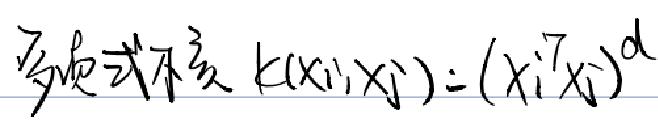
$多项式核函数 k(x_i,x_j):=(x_i^Tx_j)^d$